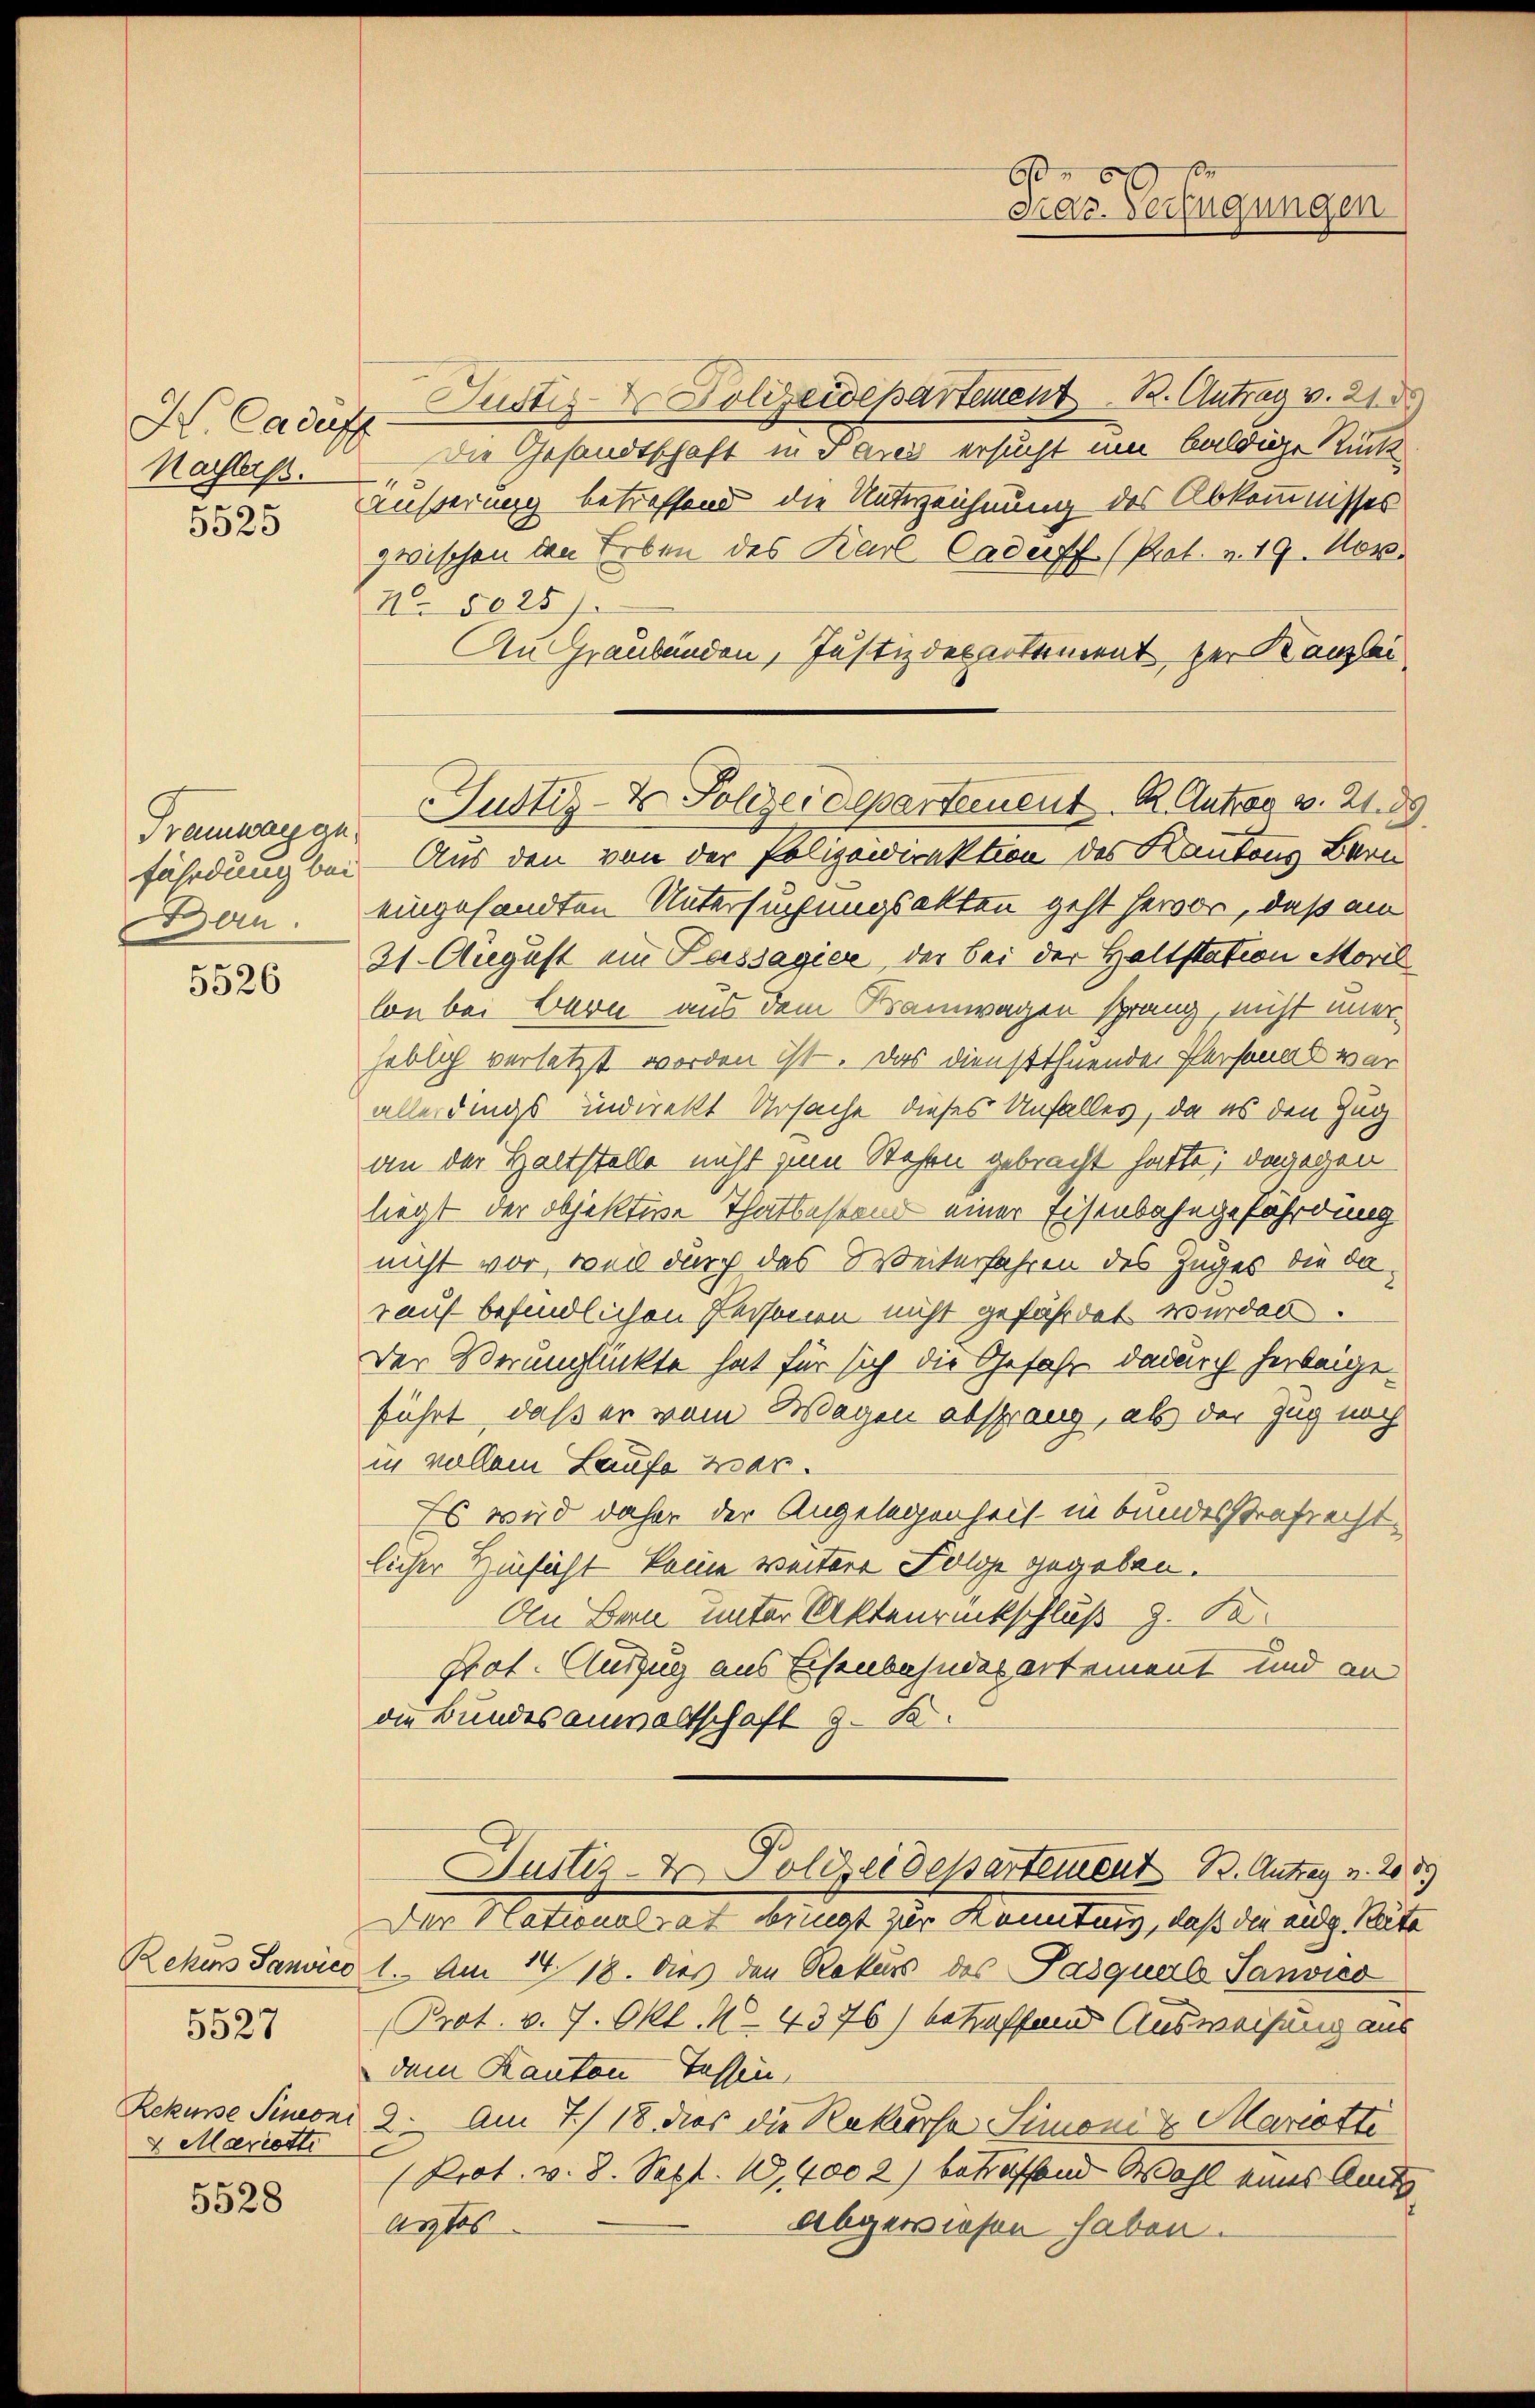
Nachtess
.

5525

Tramwar ge¬

5526

2 Marcott

5527

5528

H. Cadas Justiz & Polizeidepartement. B. Antrag v. 21. d
Die Gesandtschaft in Parei ersucht um baldige Rückäußerung betreffend die Unterzeichnung des Abkommnisses
zwischen den Erben des Karl Caderff. (Prot. v. 19. Nov.
No 5025
An Graubünden, Justizdepartement zur Kanzlei
Justiz- & Polizeidepartement Dr. Antrag v. 2189
fährdung bei. Aus den von der Polizeidirektion des Kantons Bern
an. eingesandten Untersuchungsakten geht hervor, daß ein
31. August ein Passagier, der bei der Haltstation Moril
lon bei Bern aus dem Bamwagen sprang nicht unerheblich versetzt worden ist. Das Dienstthuende Personal war
allerdings indirekt Ursache dieses Unfalles, da es den Zug
an der Haltstelle nicht zum Stehen gebracht hatte; dagegen
liegt der objektive Thatbestand einer Eisenbahngefährdung
nicht vor, weil durch das Weiterfahren des Zuges die darauf befindlichen Personen nicht gefährdet wurden.
Der Verunglückte hat für sich die Gefahr dadurch herbeigeführt, daß er vom Wagen absprang, als der Zug noch
in vollem Laufe war.
Es wird daher der Angelegenheit in bundesstrafrecht.
licher Hinsicht keine weitere Folge gegeben.
An Bern unter Aktenrückschluß z. B.
Prot. Auszug aus Eisenbahnderartement und an
die Bundesanwaltschaft z. B.
Justiz-Dr. Polizei dessartement B. Antrag v. 203.
Der Nationalrat bringt zur Kontung, daß die eidg. Bete
Rekens Janvico 1. Am 14. 18. dies den Rekurs des Pasquale Janvićo
Prot. v. 7. Okt. No. 4376) betreffend Ausweisung aus
dem Kanton Tessin,
Rekurse Simeon 2. Am 7./18. dies die Rekursa Simoni u Mariette
(Prot. v. 8. Sept. 1,4002) betreffend Wohl eines Amts
arztes
abgewiesen haben.

66
Fras. Verfügungen